Problem: 7 × 3 = ?
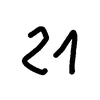
Handwritten answer: 21